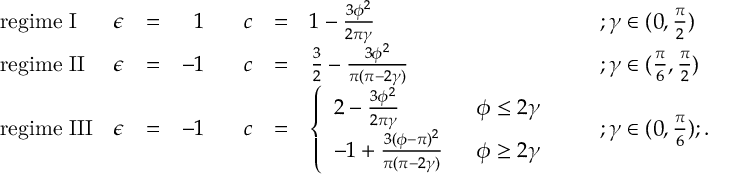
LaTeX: \begin{array} { l l l r l l l l } { { \mathrm { r e g i m e ~ I } } } & { { \epsilon } } & { { = } } & { { 1 \; \; \; } } & { { c } } & { { = } } & { { 1 - \frac { 3 \phi ^ { 2 } } { 2 \pi \gamma } \; \; \; \; } } & { { ; \gamma \in ( 0 , \frac { \pi } { 2 } ) } } \\ { { \mathrm { r e g i m e ~ I I } } } & { { \epsilon } } & { { = } } & { { - 1 \; \; \; } } & { { c } } & { { = } } & { { \frac { 3 } { 2 } - \frac { 3 \phi ^ { 2 } } { \pi ( \pi - 2 \gamma ) } \; \; \; \; } } & { { ; \gamma \in ( \frac { \pi } { 6 } , \frac { \pi } { 2 } ) } } \\ { { \mathrm { r e g i m e ~ I I I } } } & { { \epsilon } } & { { = } } & { { - 1 \; \; \; } } & { { c } } & { { = } } & { { \left\{ \begin{array} { l l } { { 2 - \frac { 3 \phi ^ { 2 } } { 2 \pi \gamma } } } & { { \; \; \phi \leq 2 \gamma } } \\ { { - 1 + \frac { 3 ( \phi - \pi ) ^ { 2 } } { \pi ( \pi - 2 \gamma ) } } } & { { \; \; \phi \geq 2 \gamma } } \end{array} \right. \; \; \; \; } } & { { ; \gamma \in ( 0 , \frac { \pi } { 6 } ) ; . } } \end{array}